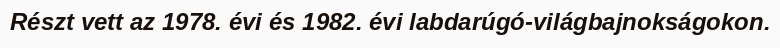
Részt vett az 1978. évi és 1982. évi labdarúgó-világbajnokságokon.